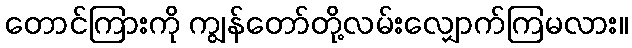
တောင်ကြားကို ကျွန်တော်တို့လမ်းလျှောက်ကြမလား။